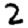
Digit: 2